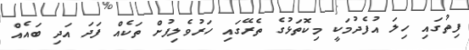
ފިތުގައި ހިލަ އުފެދުމަކީ މިކޮތަޅުގެ ތެރޭގައި ހަރުވެލިފުށް ތަކެއް ފަދަ އަދި ބައެއް